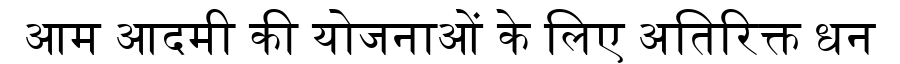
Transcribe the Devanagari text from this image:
आम आदमी की योजनाओं के लिए अतिरिक्त धन